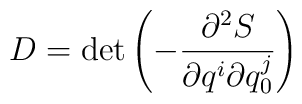
D = \det \left( - \frac{\partial ^2 S }{\partial q^i               \partial q^j_0 } \right)